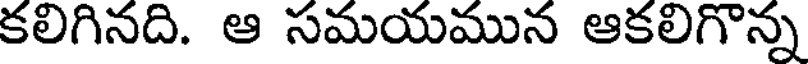
కలిగినది. ఆ సమయమున ఆకలిగొన్న